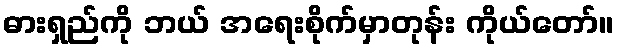
ဓားရှည်ကို ဘယ် အရေးစိုက်မှာတုန်း ကိုယ်တော်။